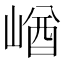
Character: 崷